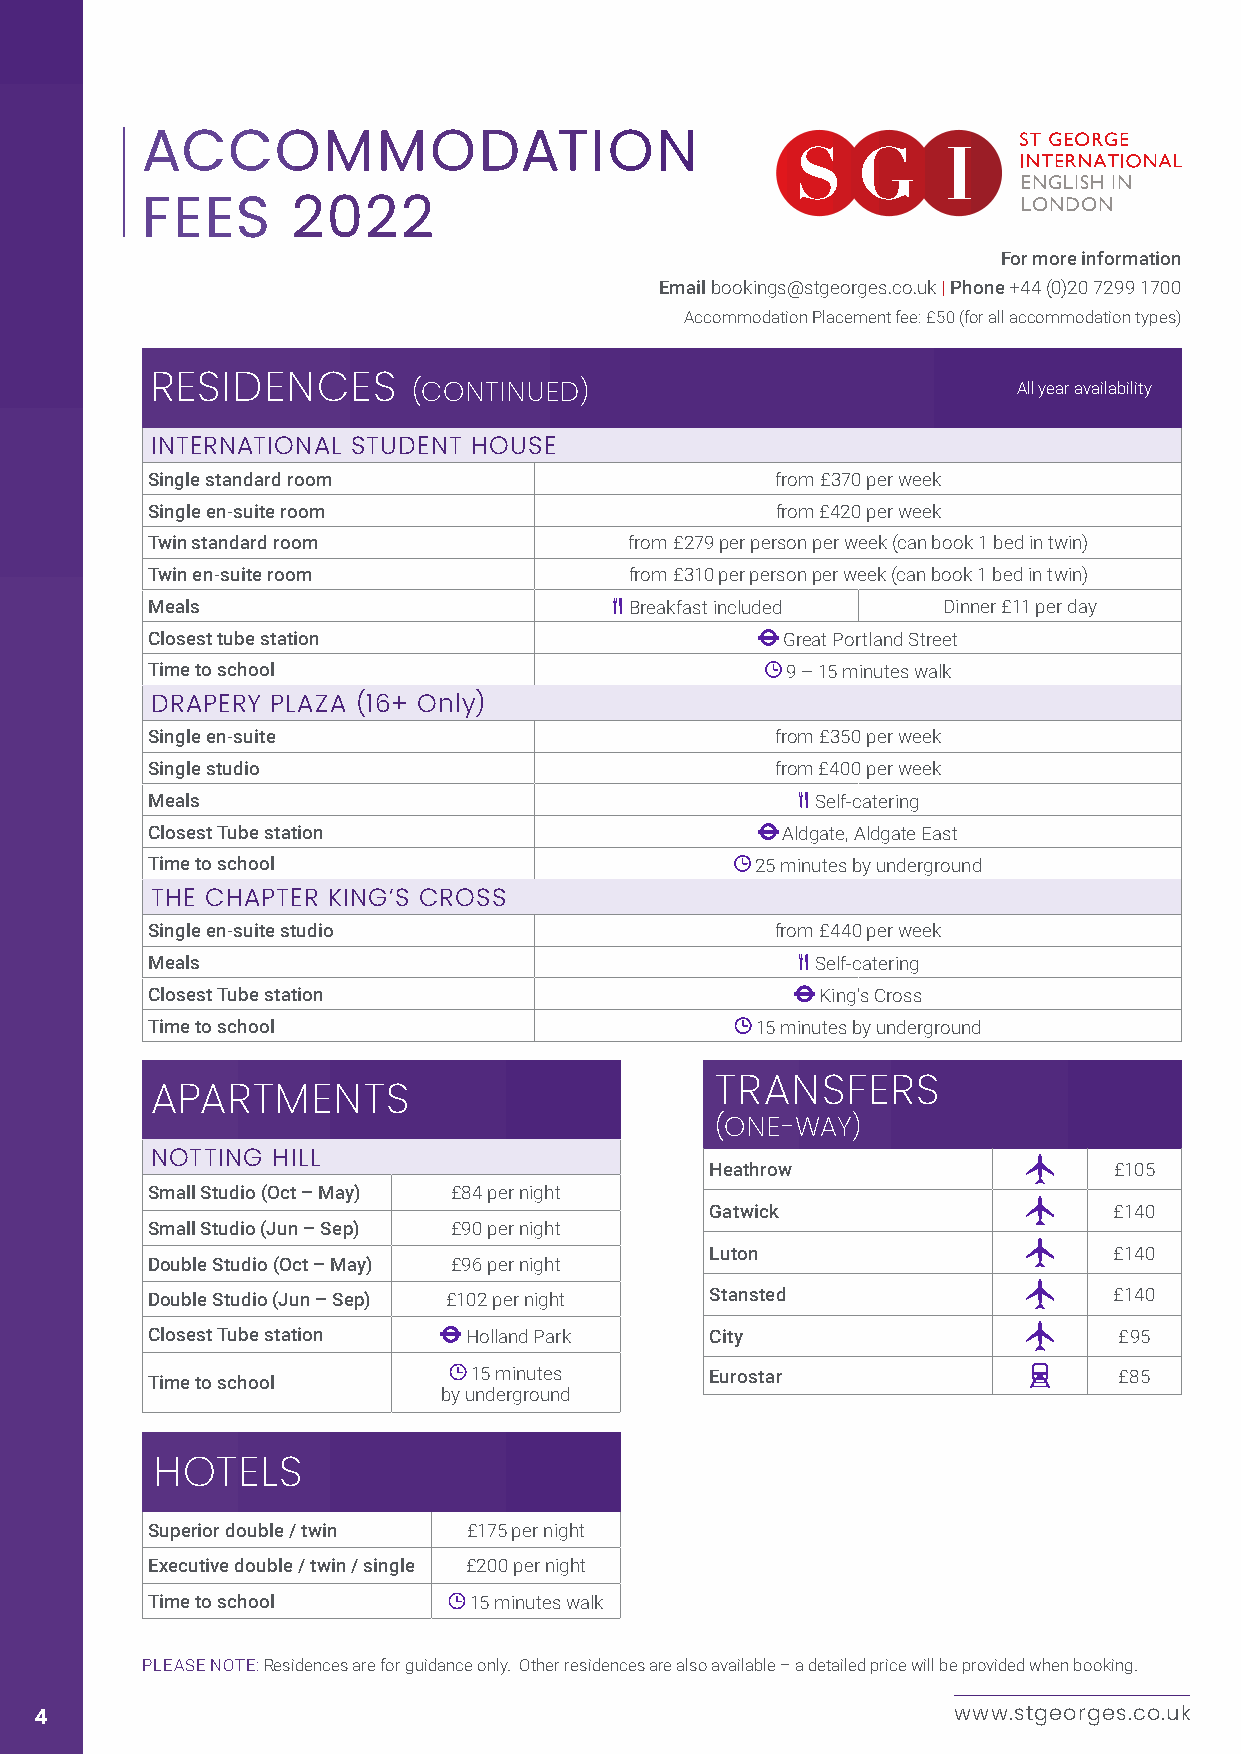
ACCOMMODATION
 ENGLISH IN
 LONDON
 FEES      2022
 For more information
 Email bookings@stgeorges.co.uk | Phone +44 (0)20 7299 1700
 Accommodation Placement fee: £50 (for all accommodation types)
 RESIDENCES                                               All year availability
 (CONTINUED)
 INTERNATIONAL STUDENT HOUSE
 Single standard room                     from £370 per week
 Single en-suite room                     from £420 per week
 Twin standard room              from £279 per person per week (can book 1 bed in twin)
 Twin en-suite room              from £310 per person per week (can book 1 bed in twin)
 Meals                           Breakfast included  Dinner £11 per day
 Closest tube station                      Great Portland Street
 Time to school                            9 – 15 minutes walk
 DRAPERY PLAZA (16+ Only)
 Single en-suite                          from £350 per week
 Single studio                            from £400 per week
 Meals                                       Self-catering
 Closest Tube station                      Aldgate, Aldgate East
 Time to school                          25 minutes by underground
 THE CHAPTER KING’S CROSS
 Single en-suite studio                   from £440 per week
 Meals                                       Self-catering
 Closest Tube station                        King's Cross
 Time to school                          15 minutes by underground
 TRANSFERS
 APARTMENTS
 (ONE-WAY)
 NOTTING HILL
 Heathrow                   £105
 Small Studio (Oct – May) £84 per night
 Gatwick                    £140
 Small Studio (Jun – Sep) £90 per night
 Luton                      £140
 Double Studio (Oct – May) £96 per night
 Double Studio (Jun – Sep) £102 per night Stansted               £140
 Closest Tube station Holland Park    City                       £95
 15 minutes      Eurostar                   £85
 Time to school
 by underground
 HOTELS
 Superior double / twin £175 per night
 Executive double / twin / single £200 per night
 Time to school       15 minutes walk
 PLEASE NOTE: Residences are for guidance only. Other residences are also available – a detailed price will be provided when booking.
 4                                                            www.stgeorges.co.uk